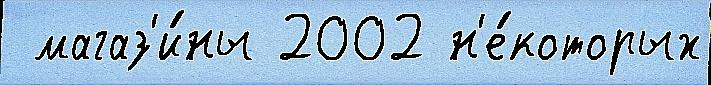
 магаз'и́ны 2002 н'е́которых